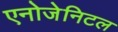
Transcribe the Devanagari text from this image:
एनोजेनिटल